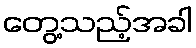
တွေ့သည့်အခါ